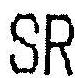
SR